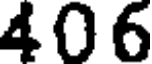
406